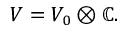
V = V _ { 0 } \otimes \mathbb { C } .